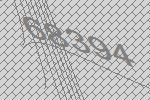
68394